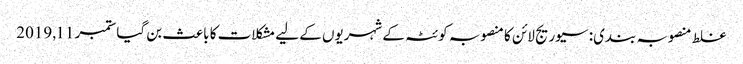
غلط منصوبہ بندی: سیوریج لائن کا منصوبہ کوئٹہ کے شہریوں کے لیے مشکلات کا باعث بن گیا ستمبر 11, 2019